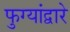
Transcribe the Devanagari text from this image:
फुग्यांद्वारे